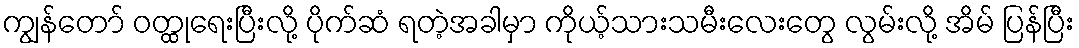
ကျွန်တော် ဝတ္ထုရေးပြီးလို့ ပိုက်ဆံ ရတဲ့အခါမှာ ကိုယ့်သားသမီးလေးတွေ လွမ်းလို့ အိမ် ပြန်ပြီး